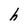
Character: h